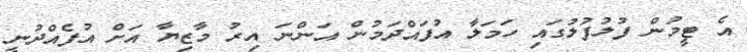
އެ ޓީމުން ފުލުފުލުގައި ހަމަލާ އުފައްދަމުން އަންނަ އިރު މާޒިޔާ އަށް އުފެއްދުނީ